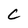
Character: C